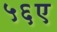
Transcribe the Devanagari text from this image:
५६ए